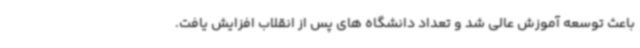
باعث توسعه آموزش عالی شد و تعداد دانشگاه های پس از انقلاب افزایش یافت.